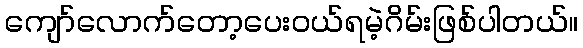
ကျော်လောက်တော့ပေးဝယ်ရမဲ့ဂိမ်းဖြစ်ပါတယ်။